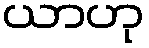
ယာဟု